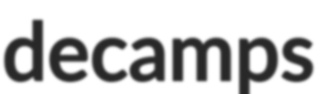
decamps